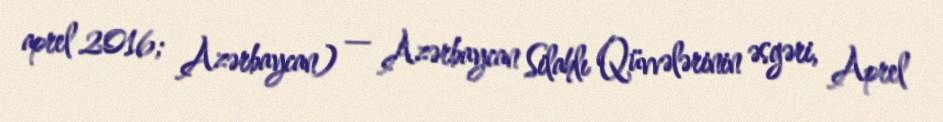
aprel 2016; Azərbaycan) — Azərbaycan Silahlı Qüvvələrinin əsgəri, Aprel